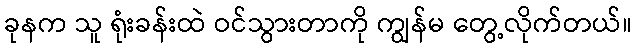
ခုနက သူ ရုံးခန်းထဲ ဝင်သွားတာကို ကျွန်မ တွေ့လိုက်တယ်။